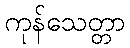
ကုန်သေတ္တာ